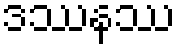
ဒဿနဿ